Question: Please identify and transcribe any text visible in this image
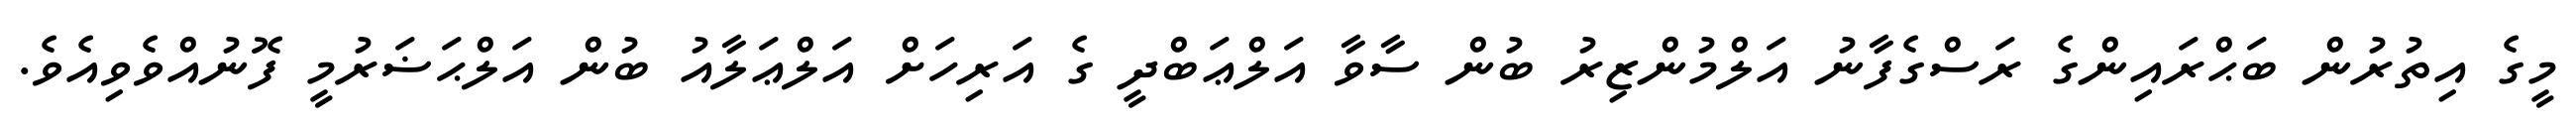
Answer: މީގެ އިތުރުން ބަޙްރައިންގެ ރަސްގެފާނު އަލްމުންޒިރު ބުން ސާވާ އަލްޢަބްދީ ގެ އަރިހަށް އަލްޢަލާއު ބުން އަލްޙަޟަރުމީ ފޮނުއްވެވިއެވެ.